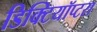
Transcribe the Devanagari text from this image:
डिक्टियॉप्टरा